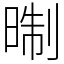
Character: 㫼